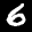
Label: 6